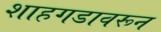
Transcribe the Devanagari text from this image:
शाहगडावरून